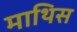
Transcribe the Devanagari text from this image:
माथिस